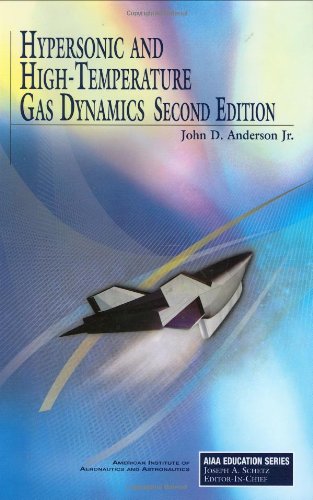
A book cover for Hypersonic and High-Temperature Gas Dynamics, Second Edition (AIAA Education); J. Anderson Jr.; Science & Math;